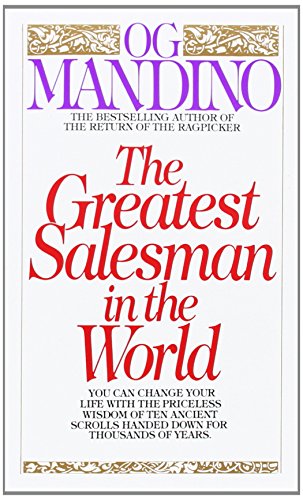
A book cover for The Greatest Salesman in the World; Og Mandino; Literature & Fiction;